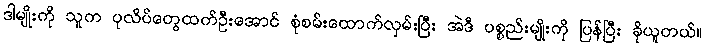
ဒါမျိုးကို သူက ပုလိပ်တွေထက်ဦးအောင် စုံစမ်းထောက်လှမ်းပြီး အဲဒီ ပစ္စည်းမျိုးကို ပြန်ပြီး ခိုယူတယ်။